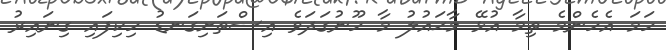
ހަމަ އެހެންމެ ތިމާ އުޅޭ މާޙައުލު މާ ހޫނުގަދަވެ އިސްތަށިގަނޑު ހިކިފައި ގިނައިރު